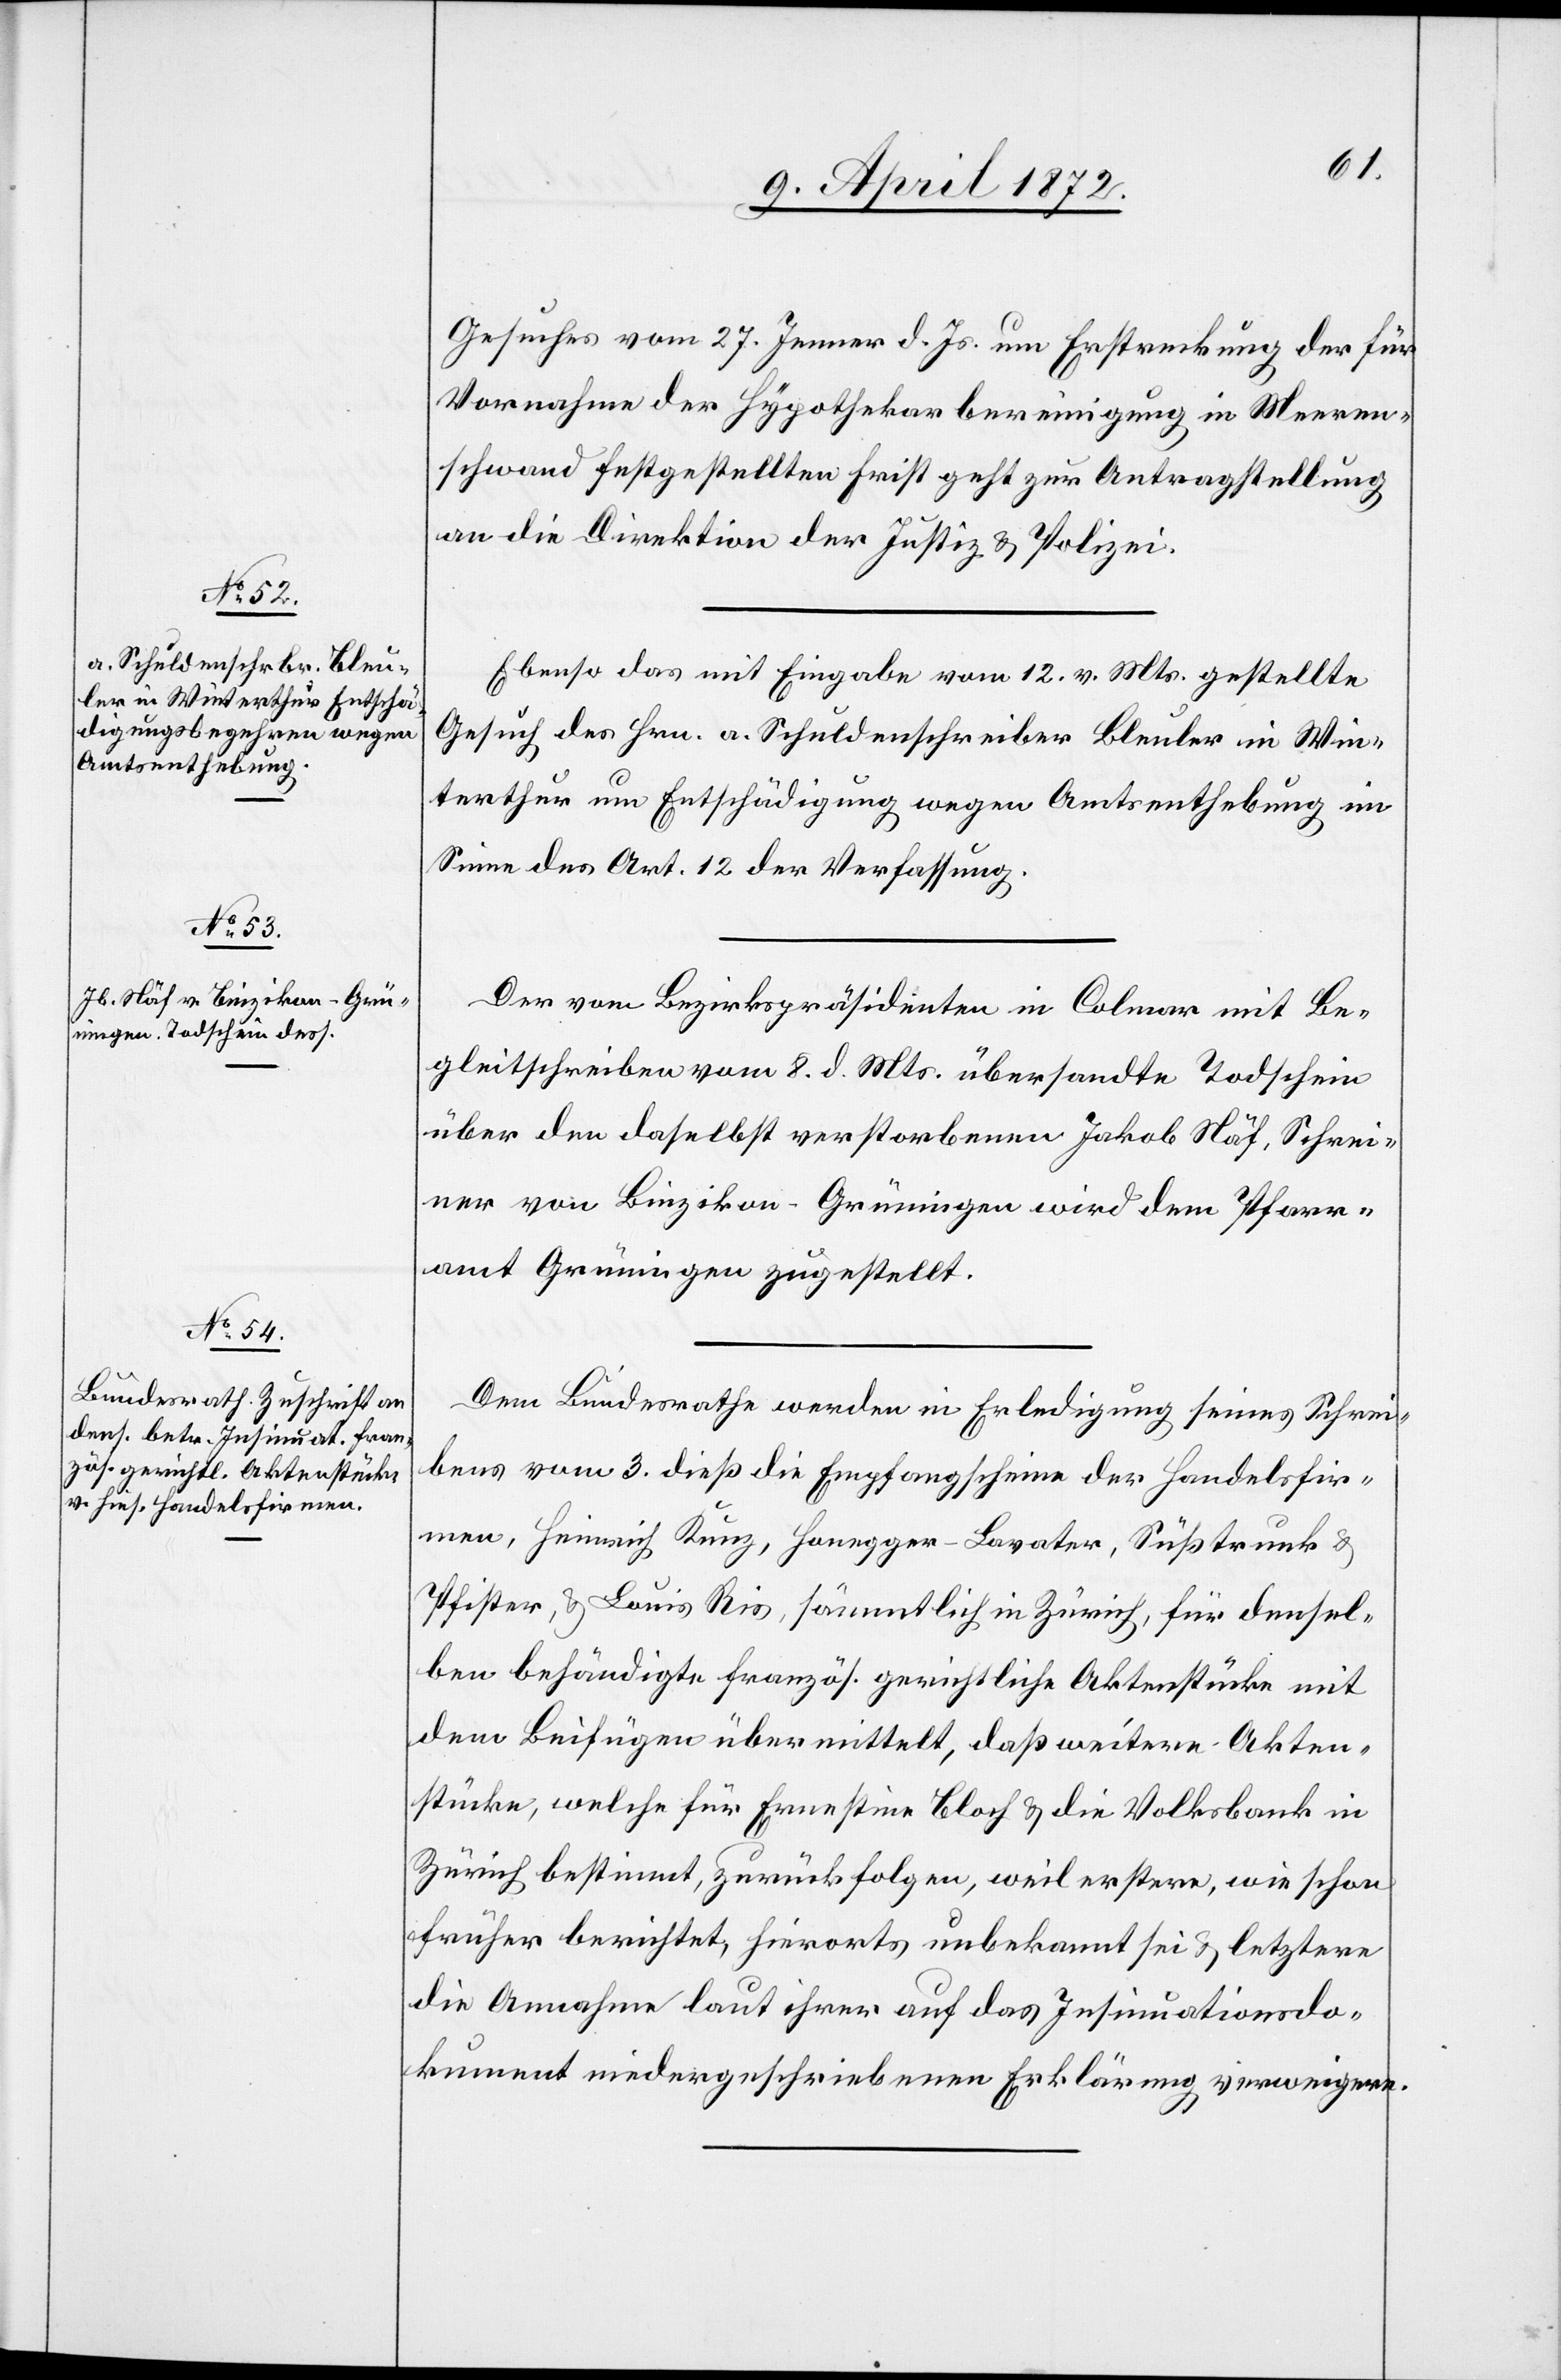
12. April 1872.]
Gesuches vom 27. Jenner d. Js. um Erstreckung der für
Vornahme der Hypothekarbereinigung in Meeren¬
schwand [sic!] festgestellten Frist geht zur Antragstellung
an die Direktion der Justiz u. Polizei.
Ebenso das mit Eingabe vom 12. v. Mts. gestellte
Gesuch des Hrn. a. Schuldenschreiber Bleuler in Win¬
terthur um Entschädigung wegen Amtsenthebung im
Sinne des Art. 12 der Verfassung.
Der vom Bezirkspräsidenten in Colmar mit Be¬
gleitschreiben vom 8. d. Mts. übersandte Todschein
über den daselbst verstorbenen Jakob Näf, Schrei¬
ner von Binzikon - Grüningen wird dem Pfarr¬
amt Grüningen zugestellt.
Dem Bundesrathe werden in Erledigung seines Schrei¬
bens vom 3. dieß die Empfangscheine der Handelsfir¬
men, Heinrich Kunz, Honegger-Lavater, Süßtrunk u.
Pfister, u. Louis Ris, sämmtlich in Zürich, für densel¬
ben behändigte französ. gerichtliche Aktenstücke mit
dem Beifügen übermittelt, daß weitere Akten¬
stücke, welche für Ernestine Bloch u. die Volksbank in
Zürich bestimmt, zurückfolgen, weil erstere, wie schon
früher berichtet, hierorts unbekannt sei u. letztere
die Annahme laut ihrer auf das Insinuationsdo¬
kument niedergeschriebenen Erklärung verweigere.